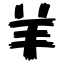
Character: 羊